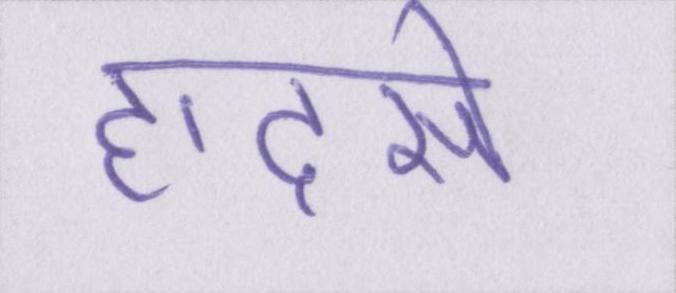
हादसे